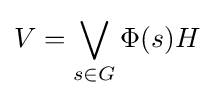
V=\bigvee _{s\in G}\Phi (s)H